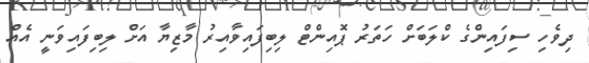
ދިވެހި ސިފައިންގެ ކްލަބަށް ހަތަރު ޕޮއިންޓް ލިބިފައިވާއިރު މާޒިޔާ އަށް ލިބިފައިވަނީ އެއް